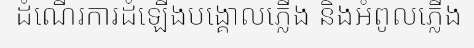
ដំណើរការដំឡើងបង្គោលភ្លើង និងអំពូលភ្លើង